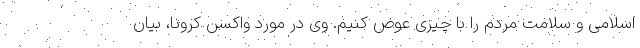
اسلامی و سلامت مردم را با چیزی عوض کنیم. وی در مورد واکسن کرونا، بیان